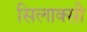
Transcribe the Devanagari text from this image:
सिलाक्सी